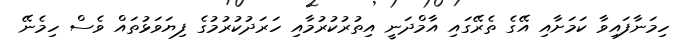
ހިމަނާފައިވާ ކަމަށާއި އޭގެ ތެރޭގައި އާމްދަނީ އިތުރުކުރުމާއި ހަރަދުކުރުމުގެ ފިޔަވަޅުތައް ވެސް ހިމެނޭ